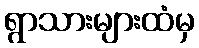
ရွာသားများထံမှ